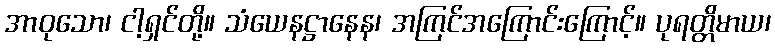
အာဝုသော၊ ငါ့ရှင်တို့။ သံယေနဋ္ဌာနေန၊ အကြင်အကြောင်းကြောင့်။ ပုရတ္တိမာယ၊